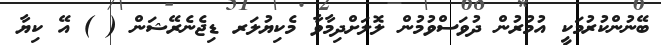
ބޭނުންކުރުމަކީ އުމުރުން ދުވަސްވުމުން ލޮލަށްދިމާވާ މެކިޔުލަރ ޑިޖެނެރޭޝަން ( ) އޭ ކިޔާ